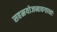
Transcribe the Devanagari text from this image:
सहस्रयोजनावगाधाः